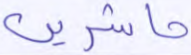
حاشرين